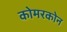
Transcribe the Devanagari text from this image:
कोमरकोन